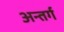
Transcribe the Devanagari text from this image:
अन्तर्ग